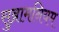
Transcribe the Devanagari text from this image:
सुब्रामनियम